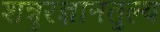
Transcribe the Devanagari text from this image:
शत्रुरज्ञानतुल्य